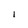
Character: I